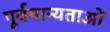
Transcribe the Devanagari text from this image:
पूर्वमान्यताओं